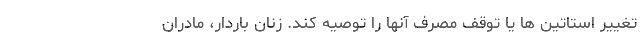
تغییر استاتین ها یا توقف مصرف آنها را توصیه کند. زنان باردار، مادران